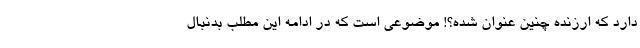
دارد که ارزنده چنین عنوان شده؟! موضوعی است که در ادامه این مطلب بدنبال